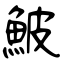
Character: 鮍